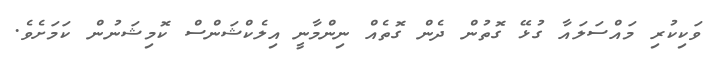
ވަކިކުރި މައްސަލައާ ގުޅޭ ގޮތުން ދެން ގޮތެއް ނިންމާނީ އިލެކްޝަންސް ކޮމިޝަނުން ކަމަށެވެ.